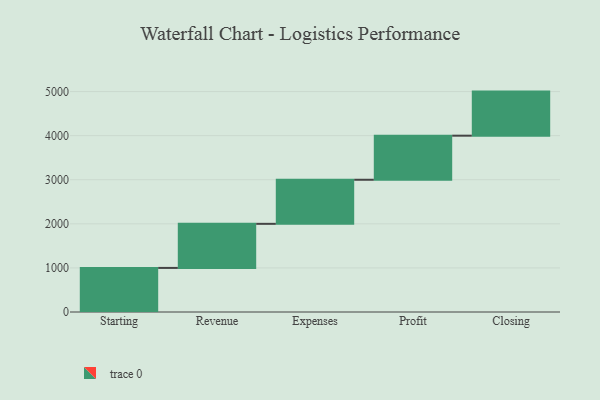
{"axis": {"x": "Step", "y": "Value"}, "legend": [""], "data": [{"x": "Starting", "y": 1000, "type": ""}, {"x": "Revenue", "y": 1000, "type": ""}, {"x": "Expenses", "y": 1000, "type": ""}, {"x": "Profit", "y": 1000, "type": ""}, {"x": "Closing", "y": 1000, "type": ""}]}